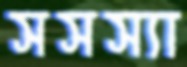
সসস্যা